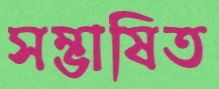
সম্ভাষিত